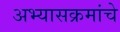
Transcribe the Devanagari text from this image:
अभ्‍यासक्रमांचे